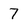
Character: 7